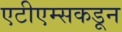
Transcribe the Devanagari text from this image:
एटीएम्सकडून